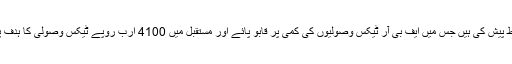
ذرائع کا کہنا ہے کہ آئی ایم ایف کی ٹیم نے چار شرائط پیش کی ہیں جس میں ایف بی آر ٹیکس وصولیوں کی کمی پر قابو پائے اور مستقبل میں 4100 ارب روپے ٹیکس وصولی کا ہدف پورا کرنے کا طریقہ کار بتانے کا مطالبہ کیا گیا ہے۔